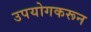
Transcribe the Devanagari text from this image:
उपयोगकरून